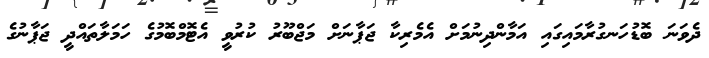
ދެވަނަ ބޮޑުހަނގުރާމައިގައި އަމާންދިނުމަށް އެމެރިކާ ޖަޕާނަށް މަޖްބޫރު ކުރުވީ އެޓޮމްބޮމުގެ ހަމަލާތައްދީ ޖަޕާނުގެ